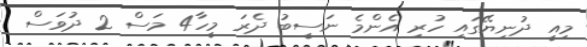
މިއީ ދުނިޔޭގައި ހުރި އެންމެ ނަސީބު ދެރަ މީހާ4 މަސް 2 ދުވަސް